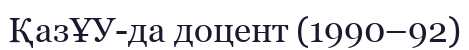
ҚазҰУ-да доцент (1990–92)